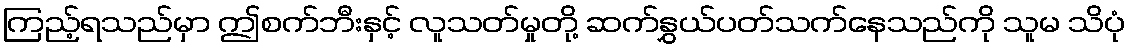
ကြည့်ရသည်မှာ ဤစက်ဘီးနှင့် လူသတ်မှုတို့ ဆက်နွှယ်ပတ်သက်နေသည်ကို သူမ သိပုံ